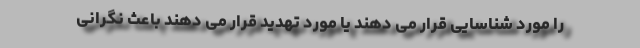
را مورد شناسایی قرار می دهند یا مورد تهدید قرار می دهند باعث نگرانی